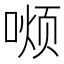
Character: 𫫏